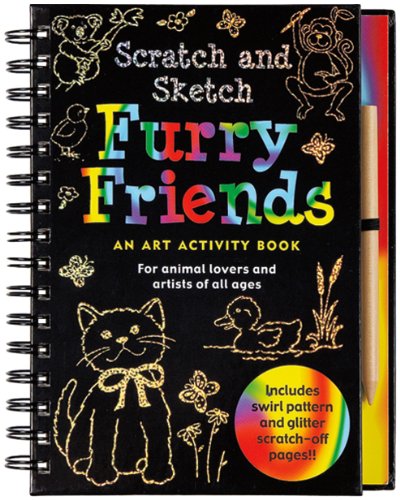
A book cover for Scratch and Sketch Furry Friends: An Art Activity Book for Animal Lovers and Artists of All Ages (Scratch & Sketch); Heather Zschock; Children's Books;